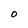
Character: O